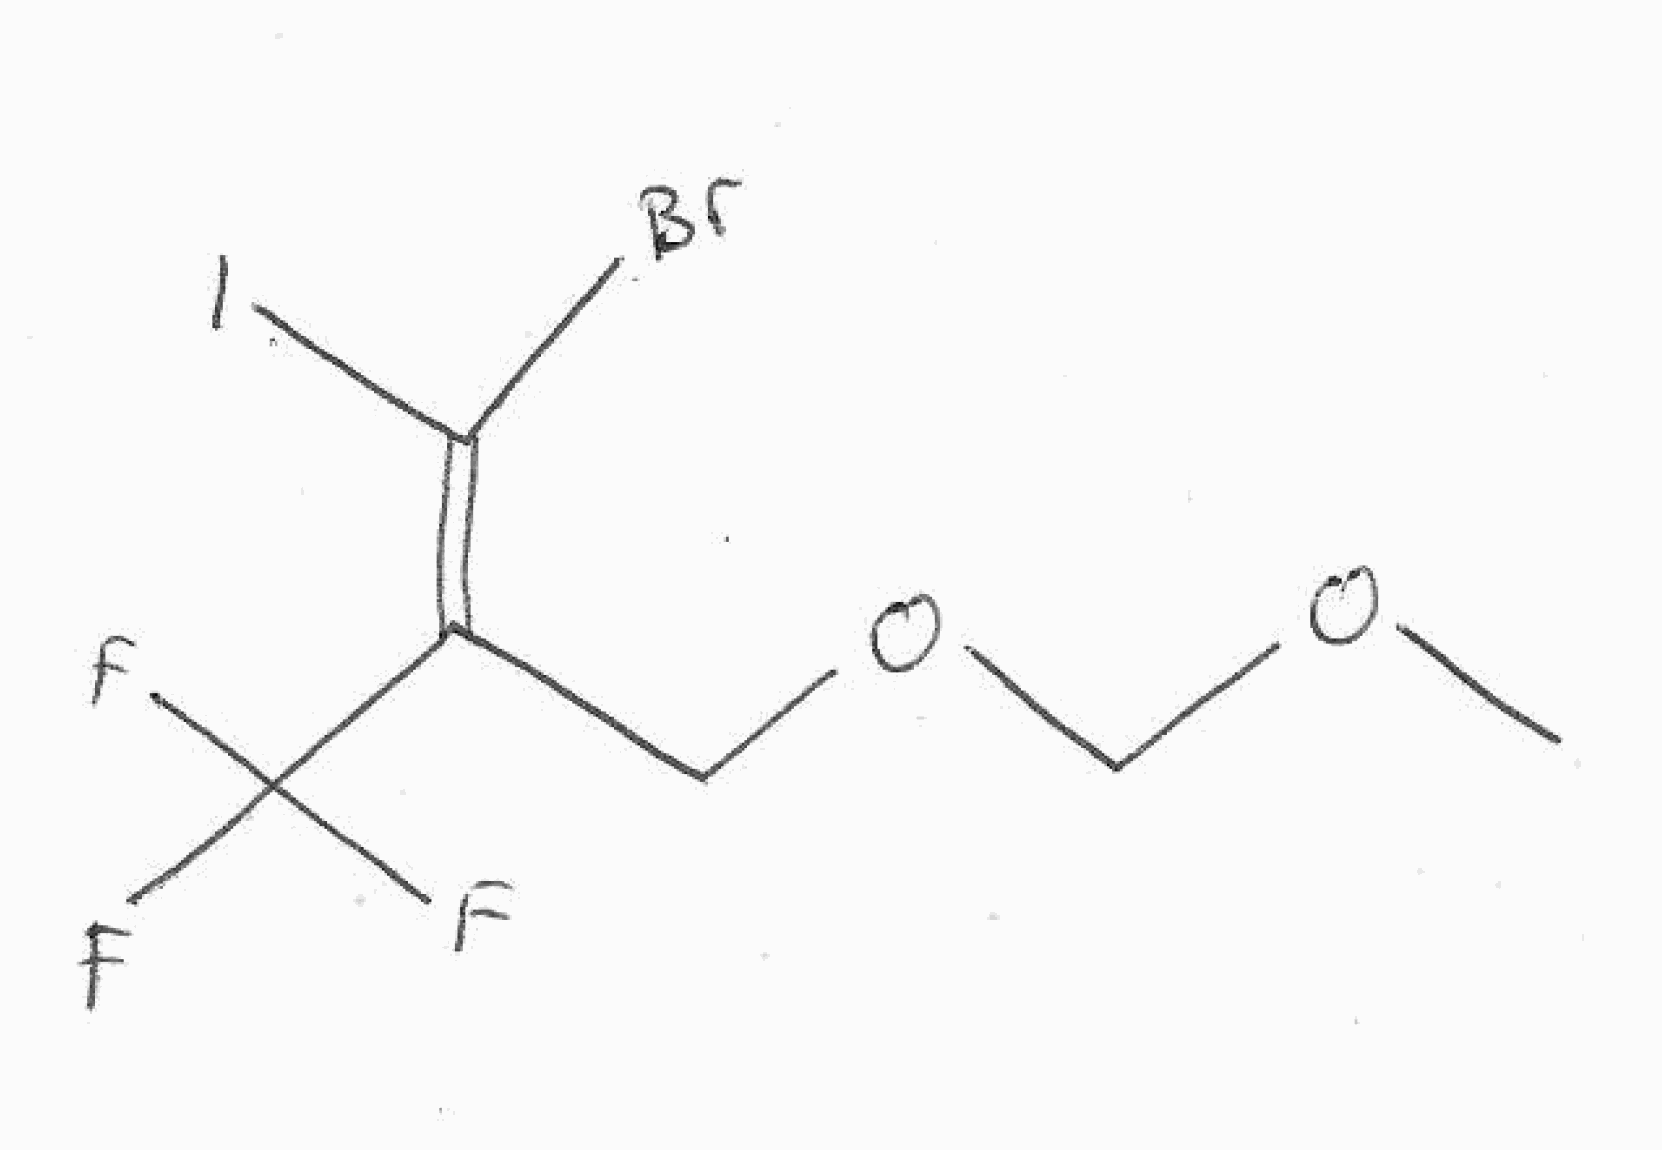
Simplified molecular-input line-entry system (SMILES) notation of the given molecule:
COCOC/C(=C(\Br)/I)/C(F)(F)F